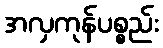
အလှကုန်ပစ္စည်း